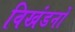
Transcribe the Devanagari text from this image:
विखंडनों